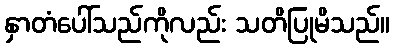
နှာတံပေါ်သည်ကိုလည်း သတိပြုမိသည်။